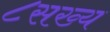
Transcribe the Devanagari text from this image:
८सख्य